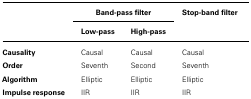
<table><thead><tr><td></td><td colspan="2"><b>Band-pass filter</b></td><td><b>Stop-band filter</b></td></tr><tr><td></td><td><b>Low-pass</b></td><td><b>High-pass</b></td><td></td></tr></thead><tbody><tr><td><b>Causality</b></td><td>Causal</td><td>Causal</td><td>Causal</td></tr><tr><td><b>Order</b></td><td>Seventh</td><td>Second</td><td>Seventh</td></tr><tr><td><b>Algorithm</b></td><td>Elliptic</td><td>Elliptic</td><td>Elliptic</td></tr><tr><td><b>Impulse response</b></td><td>IIR</td><td>IIR</td><td>IIR</td></tr></tbody></table>